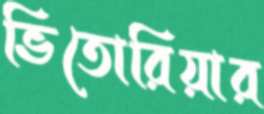
ভিতোরিয়ার